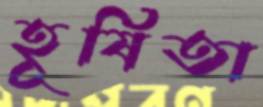
হূষিতা